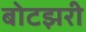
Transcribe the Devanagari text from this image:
बोटझरी